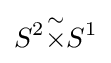
S^{2}{\stackrel {\sim }{\times }}S^{1}